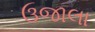
ઉજાલા